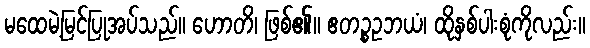
မထေမဲ့မြင်ပြုအပ်သည်။ ဟောတိ၊ ဖြစ်၏။ ဧတဉ္စဥဘယံ၊ ထိုနှစ်ပါးစုံကိုလည်း။